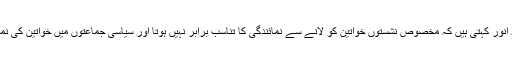
اس حوالے سے عطیہ انور کہتی ہیں کہ مخصوص نشستوں خواتین کو لانے سے نمائندگی کا تناسب برابر نہیں ہوتا اور سیاسی جماعتوں میں خواتین کی نمائندگی برائے نام ہے۔